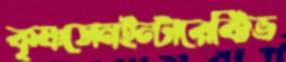
কৃষ্ণসেনইন্টারেক্টিভ